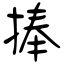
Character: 捧